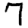
Digit: 7